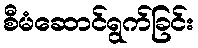
စီမံဆောင်ရွက်ခြင်း